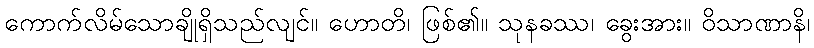
ကောက်လိမ်သောချိုရှိသည်လျင်။ ဟောတိ၊ ဖြစ်၏။ သုနခဿ၊ ခွေးအား။ ဝိသာဏာနိ၊